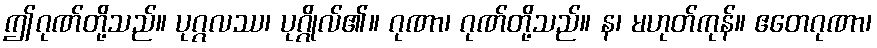
ဤဂုဏ်တို့သည်။ ပုဂ္ဂလဿ၊ ပုဂ္ဂိုလ်၏။ ဂုဏာ၊ ဂုဏ်တို့သည်။ န၊ မဟုတ်ကုန်။ ဧတေဂုဏာ၊